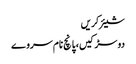
شیئر کریں
دو سڑکیں، پانچ نام سروے